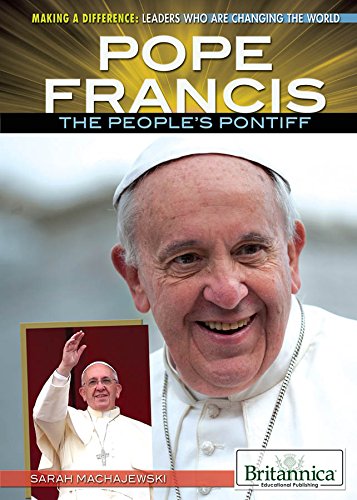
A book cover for Pope Francis: The People's Pontiff (Making a Difference: Leaders Who Are Changing the World); Sara Machajewski; Teen & Young Adult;